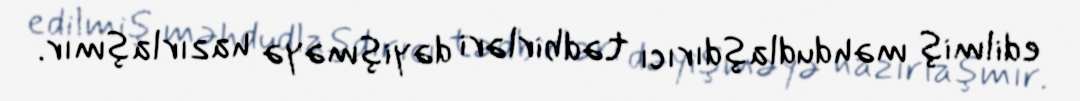
edilmiş məhdudlaşdırıcı tədbirləri dəyişməyə hazırlaşmır.